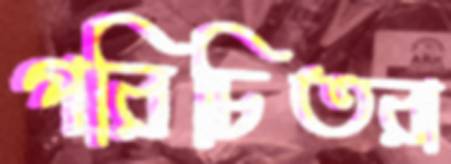
পরিচিতরা